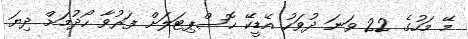
މޭ މަހުގެ 22 ވަނަ ދުވަހު އޭޑީކޭ ހޮސްޕިޓަލަށް ފަރުވާ ހޯދުމަށް ދިޔަ